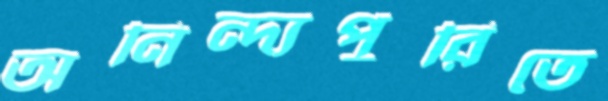
অনিন্দ্যপুরিতে